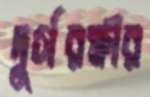
দুর্গরক্ষীর